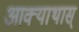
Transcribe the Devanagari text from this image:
आक्याथास्